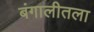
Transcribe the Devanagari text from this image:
बंगालीतला